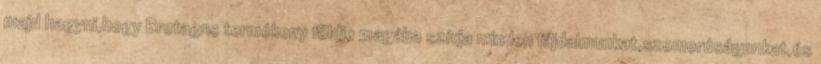
majd hagyni,hogy Bretagne termékeny földje magába szívja minden fájdalmunkat,szomorúságunkat,és